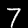
Digit: 7